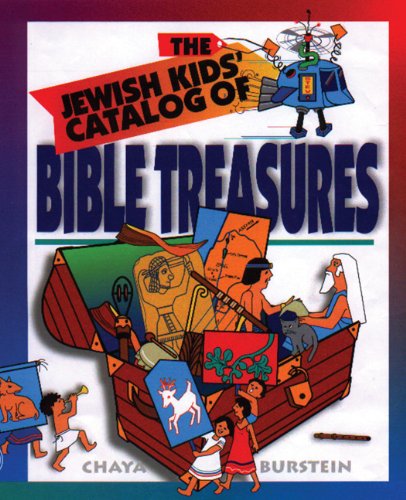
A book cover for The Kids' Catalog of Bible Treasures; Chaya M. Burstein; Teen & Young Adult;